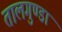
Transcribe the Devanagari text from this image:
तालगुण्डा